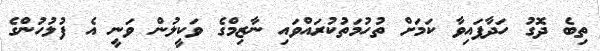
ތިބެ ދޮގު ހަދާފައިވާ ކަމަށް ތުހުމަތުކުރައްވައި ނާޒިމްގެ ވަކީލުން ވަނީ އެ ފުލުހުންގެ